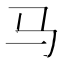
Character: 马